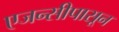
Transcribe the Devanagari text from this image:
एजन्सीपासून